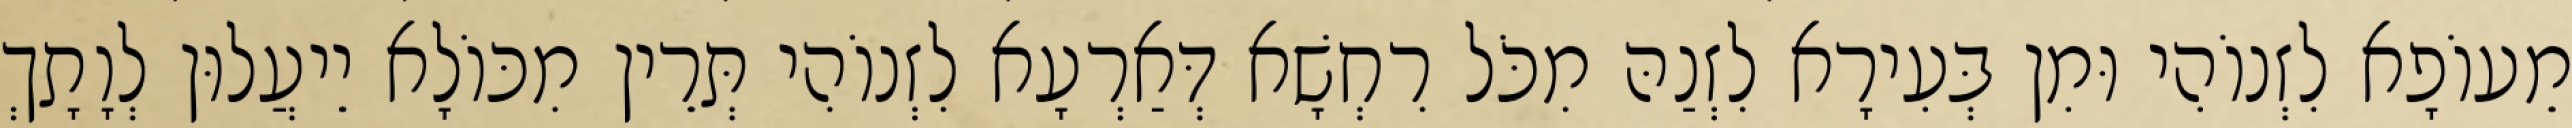
מֵעוֹפָא לִזְנוֹהִי וּמִן בְּעִירָא לִזְנַהּ מִכֹּל רִחְשָׁא דְּאַרְעָא לִזְנוֹהִי תְּרֵין מִכּוֹלָא יֵיעֲלוּן לְוָתָךְ